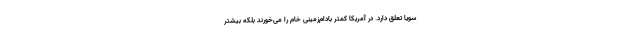
سویا تعلق دارد. در آمریکا کمتر بادام‌زمینی خام را می‌خورند بلکه بیشتر